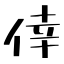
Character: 倖